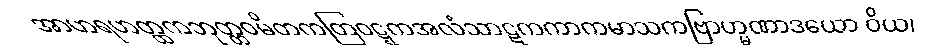
အာဟရဟတ္ထကဘုတ္တဝမိတကတြဝဋ္ဋကအလံသာဋကကာကမာသကဗြာဟ္မဏာဒယော ဝိယ၊